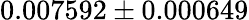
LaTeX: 0.007592\pm 0.000649